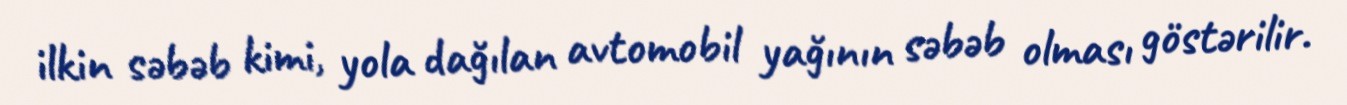
ilkin səbəb kimi, yola dağılan avtomobil yağının səbəb olması göstərilir.